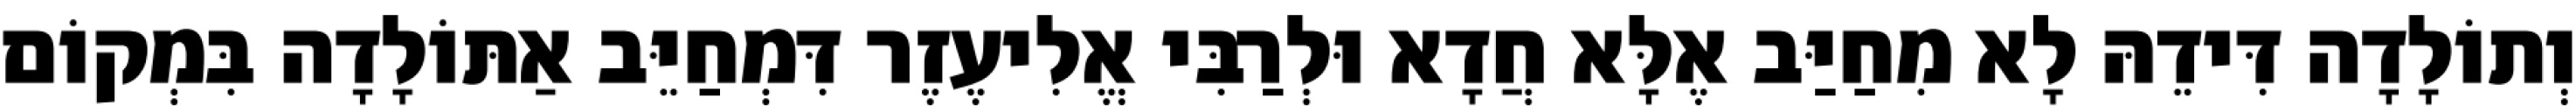
וְתוֹלָדָה דִּידֵהּ לָא מִחַיַּב אֶלָּא חֲדָא וּלְרַבִּי אֱלִיעֶזֶר דִּמְחַיֵּב אַתּוֹלָדָה בִּמְקוֹם